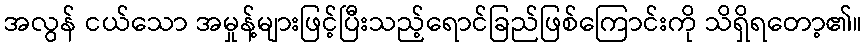
အလွန် ငယ်သော အမှုန့်များဖြင့်ပြီးသည့်ရောင်ခြည်ဖြစ်ကြောင်းကို သိရှိရတော့၏။